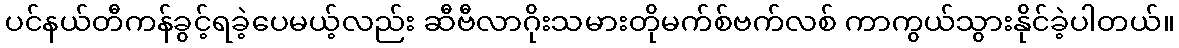
ပင်နယ်တီကန်ခွင့်ရခဲ့ပေမယ့်လည်း ဆီဗီလာဂိုးသမားတိုမက်စ်ဗက်လစ် ကာကွယ်သွားနိုင်ခဲ့ပါတယ်။